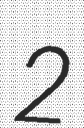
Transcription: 2